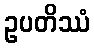
ဥပတိဿံ